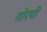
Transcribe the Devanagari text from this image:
गोरची